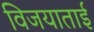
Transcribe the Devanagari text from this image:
विजयाताई